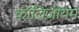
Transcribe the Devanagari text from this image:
कॉलिज़ीयम